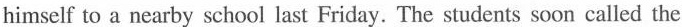
himself to a nearby school last Friday. The students soon called the